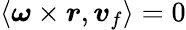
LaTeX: \langle\boldsymbol{\omega}\times\boldsymbol{r},\boldsymbol{v}_{f}\rangle=0